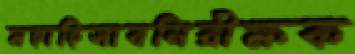
মহাহিসাবনিরীক্ষক